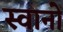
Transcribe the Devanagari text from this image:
स्वानों